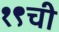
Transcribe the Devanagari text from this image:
१९ची